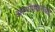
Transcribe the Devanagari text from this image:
आमोणकरांच्या